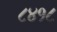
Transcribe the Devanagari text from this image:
८४१८